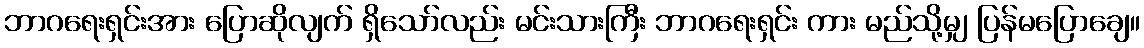
ဘာဂရေးရှင်းအား ပြောဆိုလျက် ရှိသော်လည်း မင်းသားကြီး ဘာဂရေးရှင်း ကား မည်သို့မျှ ပြန်မပြောချေ။